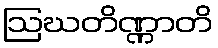
ဩဃတိဏ္ဏာတိ